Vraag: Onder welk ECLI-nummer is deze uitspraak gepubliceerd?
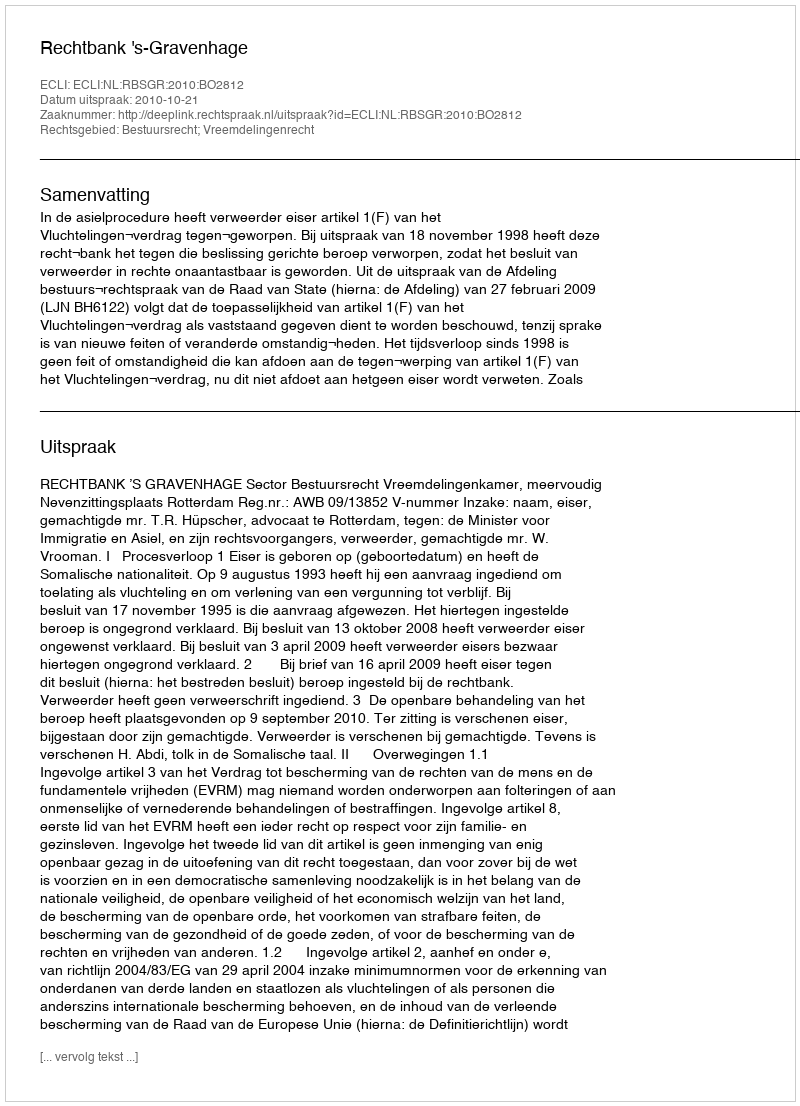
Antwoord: ECLI:NL:RBSGR:2010:BO2812